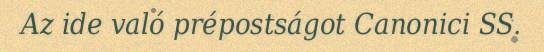
Az ide való prépostságot Canonici SS.